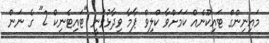
މައިނިންގް ޓައިކޫނެއް ކަމަށްވާ ކްލިވް ޕާމާ ވިދާޅުވަނީ "ޓައިޓެނިކް 2" ގެ ނަން